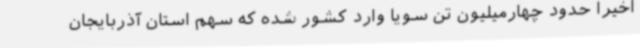
اخیراً حدود چهارمیلیون تن سویا وارد کشور شده که سهم استان آذربایجان